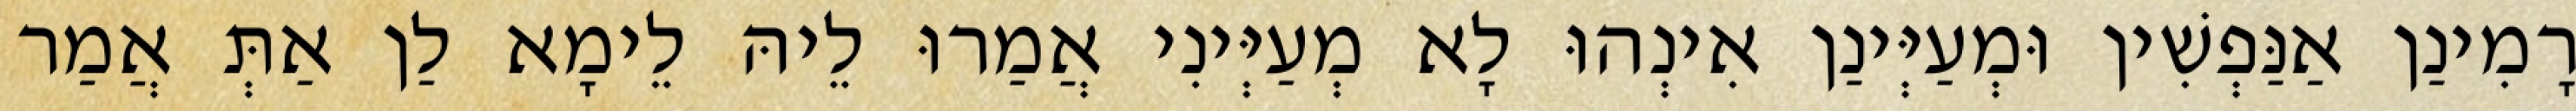
רָמִינַן אַנַּפְשִׁין וּמְעַיְּינַן אִינְהוּ לָא מְעַיְּינִי אֲמַרוּ לֵיהּ לֵימָא לַן אַתְּ אֲמַר